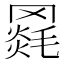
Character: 𦌓